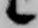
候